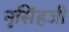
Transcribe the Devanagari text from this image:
नृसिंहजी